Vaccination in Burma 1912-1922 - 1912-1922
Year: 1912
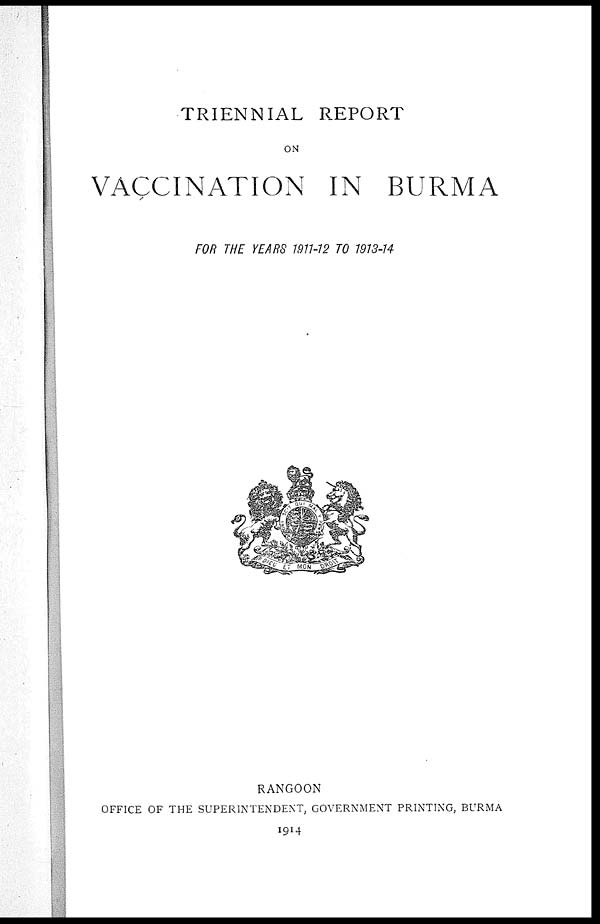
TRIENNIAL REPORT
ON
VACCINATION IN BURMA
FOR THE YEARS 1911-12 TO 1913-14
RANGOON
OFFICE OF THE SUPERINTENDENT, GOVERNMENT PRINTING, BURMA
1914